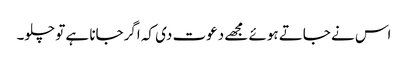
اس نے جاتے ہوئے مجھے دعوت دی کہ اگرجانا ہے تو چلو۔